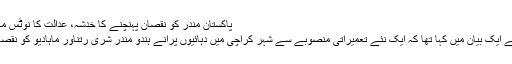
پاکستان مندر کو نقصان پہنچنے کا خدشہ، عدالت کا نوٹس مارچ 24, 2014
’ایچ آر سی پی‘ نے ایک بیان میں کہا تھا کہ ایک نئے تعمیراتی منصوبے سے شہر کراچی میں دہائیوں پرانے ہندو مندر شری رتناور ماہادیو کو نقصان پہنچ سکتا ہے۔